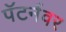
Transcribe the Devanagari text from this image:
पॅटर्नवर